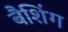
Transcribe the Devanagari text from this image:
बैशिंग